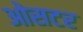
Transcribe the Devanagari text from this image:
ओसटर